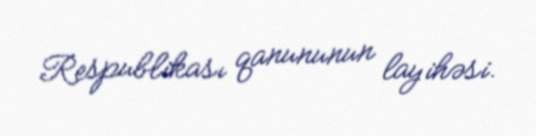
Respublikası qanununun layihəsi.